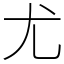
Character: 尤